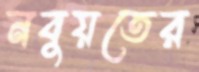
নবুয়তের